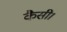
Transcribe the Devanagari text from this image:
कैसी।